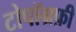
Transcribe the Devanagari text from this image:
टोपॉग्रफ़ी